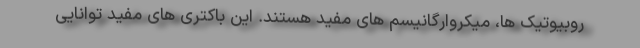
روبیوتیک ها، میکروارگانیسم های مفید هستند. این باکتری های مفید توانایی